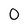
Character: O